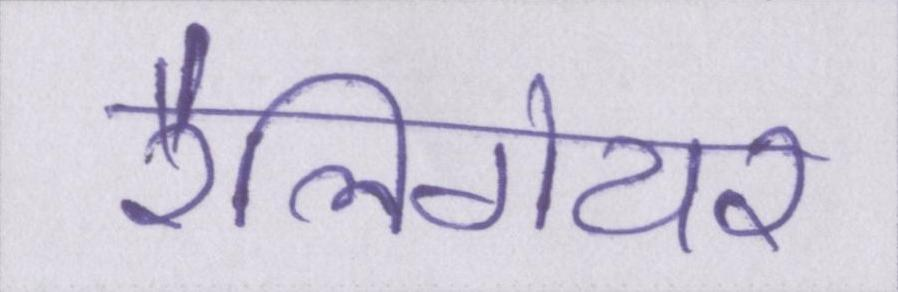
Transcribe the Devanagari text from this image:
रेलिगेयर